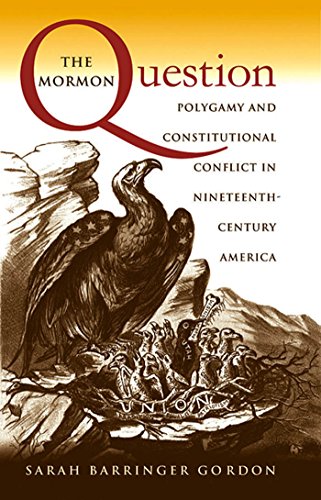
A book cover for The Mormon Question: Polygamy and Constitutional Conflict in Nineteenth-Century America; Sarah Barringer Gordon; Law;